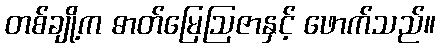
တစ်ချို့က ဓာတ်မြေဩဇာနှင့် ဖောက်သည်။